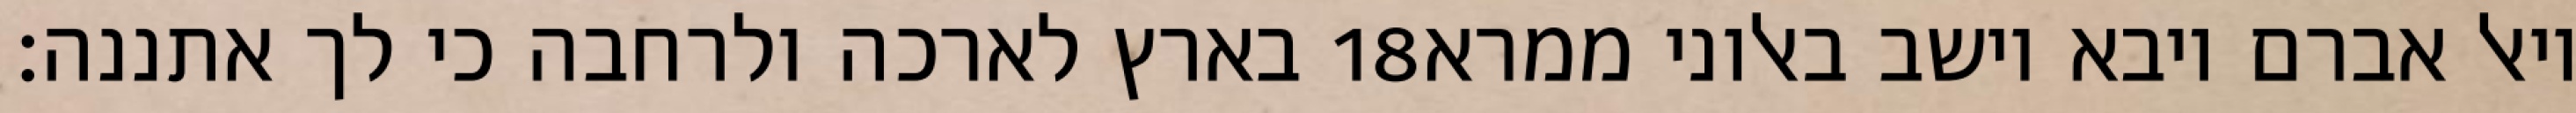
בארץ לארכה ולרחבה כי לך אתננה׃ ‎18‏ ויאל אברם ויבא וישב באלוני ממרא